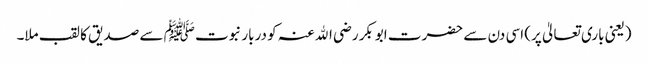
(یعنی باری تعالیٰ پر) اسی دن سے حضرت ابوبکر رضی اﷲ عنہ کو دربار نبوت ﷺ سے صدیق کا لقب ملا۔